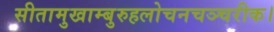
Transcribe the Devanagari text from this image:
सीतामुखाम्बुरुहलोचनचञ्चरीक।